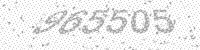
Solution: 965505